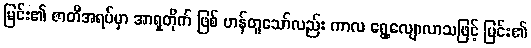
မြင်း၏ ဇာတိအရပ်မှာ အာရှတိုက် ဖြစ် ဟန်တူသော်လည်း ကာလ ရွေ့လျောလာသဖြင့် မြင်း၏